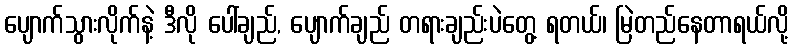
ပျောက်သွားလိုက်နဲ့ ဒီလို ပေါ်ချည်, ပျောက်ချည် တရားချည်းပဲတွေ့ ရတယ်၊ မြဲတည်နေတာရယ်လို့